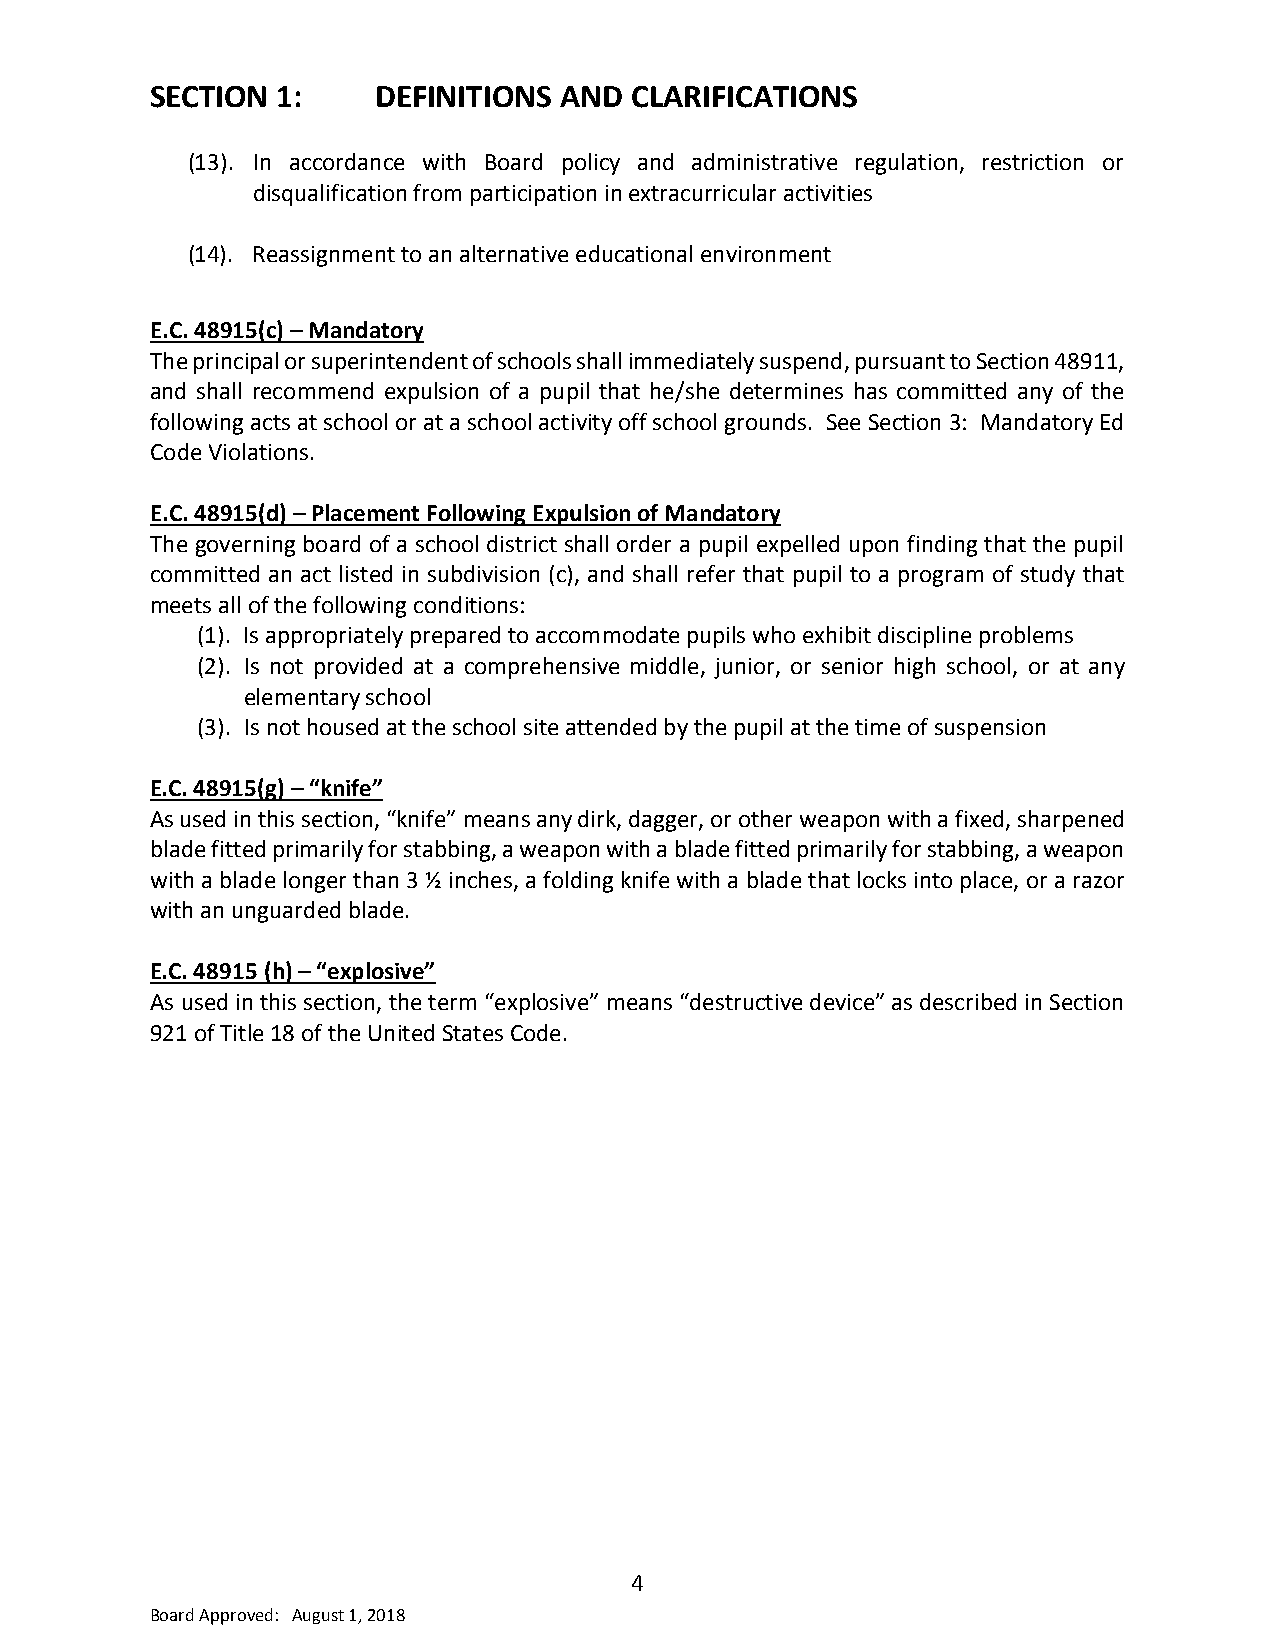
SECTION 1:     DEFINITIONS AND  CLARIFICATIONS
 (13). In accordance with Board policy and administrative regulation, restriction or
 disqualification from participation in extracurricular activities
 (14). Reassignment to an alternative educational environment
 E.C. 48915(c) – Mandatory
 The principal or superintendent of schools shall immediately suspend, pursuant to Section 48911,
 and shall recommend expulsion of a pupil that he/she determines has committed any of the
 following acts at school or at a school activity off school grounds. See Section 3: Mandatory Ed
 Code Violations.
 E.C. 48915(d) – Placement Following Expulsion of Mandatory
 The governing board of a school district shall order a pupil expelled upon finding that the pupil
 committed an act listed in subdivision (c), and shall refer that pupil to a program of study that
 meets all of the following conditions:
 (1). Is appropriately prepared to accommodate pupils who exhibit discipline problems
 (2). Is not provided at a comprehensive middle, junior, or senior high school, or at any
 elementary school
 (3). Is not housed at the school site attended by the pupil at the time of suspension
 E.C. 48915(g) – “knife”
 As used in this section, “knife” means any dirk, dagger, or other weapon with a fixed, sharpened
 blade fitted primarily for stabbing, a weapon with a blade fitted primarily for stabbing, a weapon
 with a blade longer than 3 ½ inches, a folding knife with a blade that locks into place, or a razor
 with an unguarded blade.
 E.C. 48915 (h) – “explosive”
 As used in this section, the term “explosive” means “destructive device” as described in Section
 921 of Title 18 of the United States Code.
 4
 Board Approved: August 1, 2018